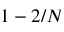
1 - 2 / N